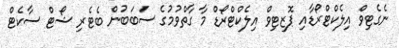
ނެގެޓިވް އިލެކްޓްރޯޑާއި ޕޮޒިޓިވް އިލެކްޓްރޯޑް މާ ގާތްވުމުގެ ސަބަބުން ބެޓެރި ޝޯޓް ސާކެޓް